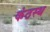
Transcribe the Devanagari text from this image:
कंठस्‍थ